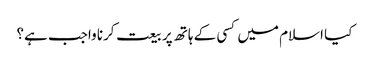
کیا اسلام میں کسی کے ہاتھ پر بیعت کرنا واجب ہے؟